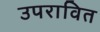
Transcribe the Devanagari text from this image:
उपरावित